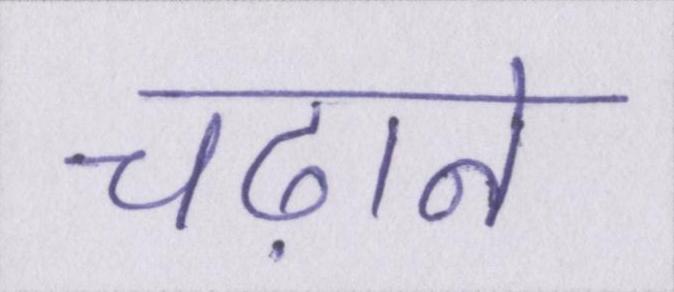
चढ़ाने